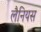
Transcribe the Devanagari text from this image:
लैनियस